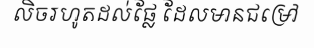
លិចរហូតដល់ផ្លែ ដែលមានជម្រៅ